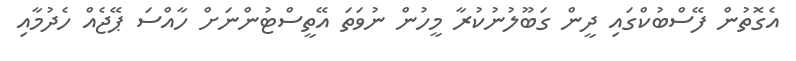
އެގޮތުން ފޭސްބުކްގައި ދީން ގަބޫލުނުކުރާ މީހުން ނުވަތަ އޭތީސްޓުންނަށް ހާއްސަ ޕޭޖެއް ހެދުމާއި